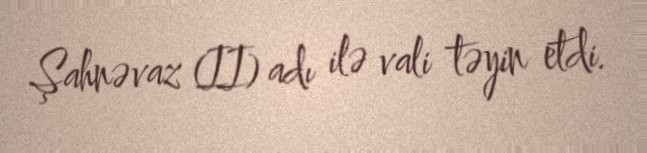
Şahnəvaz (II) adı ilə vali təyin etdi.